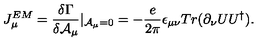
J _ { \mu } ^ { E M } = \frac { \delta \Gamma } { \delta { \cal A } _ { \mu } } | _ { { \cal A } _ { \mu } = 0 } = - \frac { e } { 2 \pi } \epsilon _ { \mu \nu } T r ( \partial _ { \nu } U U ^ { \dag } ) .